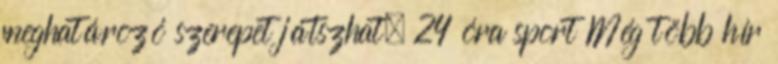
meghatározó szerepet játszhat. 24 óra sport Még több hír